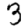
Digit: 3